Lunatic asylums Central Provinces reports 1886-1894 - 1886-1894
Year: 1886
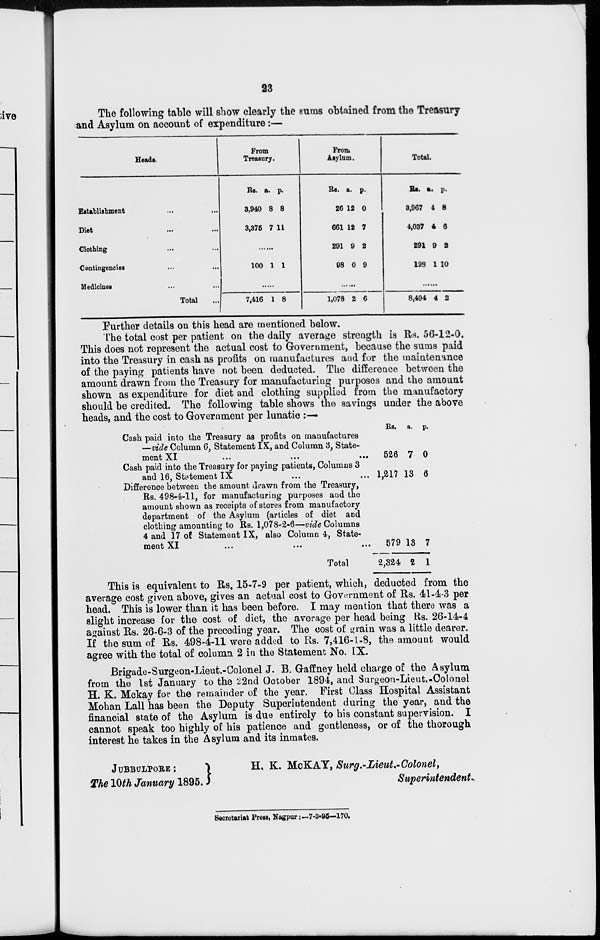
23
The following table will show clearly the eums obtained from the Treasury
and Asylum on account of expenditure:—
Heads.
Establishment ... ...
Diet ... ...
Clothing ... ...
Contingencies ... ...
Medicines ... ...
Total ...
From
Treasury.
Rs.
3,940
3,375
a.
8
7
p.
8
11
......
100 1 1
......
7,416 1 8
From
Asylum.
Rs.
26
661
291
98
a.
12
12
9
0
p.
0
7
2
9
......
1,078 2 6
Total.
Rs.
3,967
4,037
291
198
a.
4
4
9
1
p.
8
6
2
10
......
8,494 4 2
Further details on this head are mentioned below.
The total cost per patient on the daily average strength is Rs. 56-12-0.
This does not represent the actual cost to Government, because the sums paid
into the Treasury in cash as profits on manufactures and for the maintenance
of the paying patients have not been deducted. The difference between the
amount drawn from the Treasury for manufacturing purposes and the amount
shown as expenditure for diet and clothing supplied from the manufactory
should be credited. The following table shows the savings under the above
heads, and the cost to Government per lunatic :—
Cash paid into the Treasury as profits on manufactures
—vide Column 6, Statement IX, and Column 3, State-
ment XI
...
...
...
Cash paid into the Treasury for paying patients, Columns 3
and 16, Statement IX ... ...
Difference between the amount drawn from the Treasury,
Rs. 498-4-11, for manufacturing purposes and the
amount shown as receipts of stores from manufactory
department of the Asylum (articles of diet and
clothing amounting to Rs. 1,078-2-6—vide Columns
4 and 17 of Statement IX, also Column 4, State-
ment XI
...
...
...
Total
Rs.
526
1,217
579
2,324
a.
7
13
13
2
p.
0
6
7
1
This is equivalent to Rs. 15-7-9 per patient, which, deducted from the
average cost given above, gives an actual cost to Government of Rs. 41-4-3 per
head. This is lower than it has been before. I may mention that there was a
slight increase for the cost of diet, the average per head being Rs. 26-14-4
against Rs. 26-6-3 of the preceding year. The cost of grain was a little dearer.
If the sum of Rs. 498-4-11 were added to Rs. 7,416-1-8, the amount would
agree with the total of column 2 in the Statement No. IX.
Brigade-Surgeon-Lieut.-Colonel J. B. Gaffney held charge of the Asylum
from the 1st January to the 22nd October 1894, and Surgeon-Lieut.-Colonel
H. K. Mckay for the remainder of the year. First Class Hospital Assistant
Mohan Lall has been the Deputy Superintendent during the year, and the
financial state of the Asylum is due entirely to his constant supervision. I
cannot speak too highly of his patience and gentleness, or of the thorough
interest he takes in the Asylum and its inmates.
JUBBULPORE:
The 10th January 1895.
H. K. McKAY, Surg.-Lieut-Colonel,
Superintendent
Secretariat Press, Nagpur: —7-3-95—170.